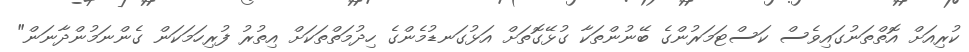
ކުރިއަށް އޮތްތަނުގައިވެސް ކަސްޓަމަރުންގެ ބޭނުންތަކާ ގުޅޭގޮތަށް އަޅުގަނޑުމެންގެ ހިދުމަތްތަކަށް އިތުރު ފުރިހަމަކަން ގެންނަމުންދާނަން"